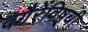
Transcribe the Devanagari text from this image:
वगैरेंविषयी